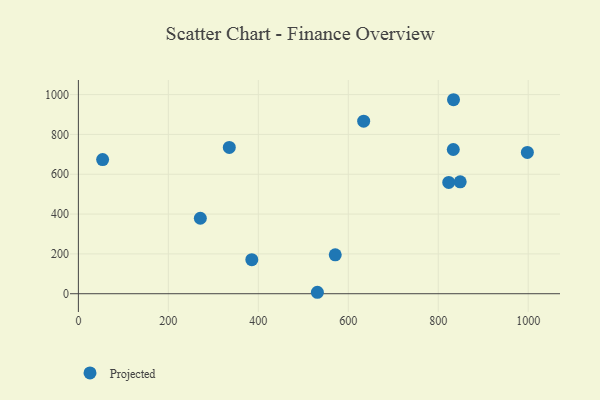
{"axis": {"x": "Study Hours", "y": "Salary"}, "legend": ["Projected"], "data": [{"x": "823.3", "y": 558.8, "type": "Projected"}, {"x": "385.5", "y": 170.9, "type": "Projected"}, {"x": "848.8", "y": 562.0, "type": "Projected"}, {"x": "634.2", "y": 866.6, "type": "Projected"}, {"x": "531.3", "y": 7.3, "type": "Projected"}, {"x": "571.0", "y": 195.6, "type": "Projected"}, {"x": "53.9", "y": 673.8, "type": "Projected"}, {"x": "998.1", "y": 709.8, "type": "Projected"}, {"x": "833.9", "y": 974.2, "type": "Projected"}, {"x": "833.4", "y": 724.2, "type": "Projected"}, {"x": "335.5", "y": 734.5, "type": "Projected"}, {"x": "271.1", "y": 379.0, "type": "Projected"}]}